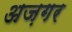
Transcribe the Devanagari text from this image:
अज़गर